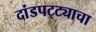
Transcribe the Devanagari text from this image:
दांडपट्ट्याचा